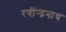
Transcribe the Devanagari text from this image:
रवींन्द्रनाथ